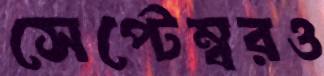
সেপ্টেম্বরও